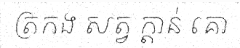
ត្រកង សត្វ ក្តាន់ គោ